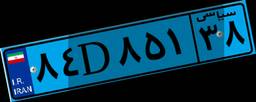
۸۴D۸۵۱۳۸